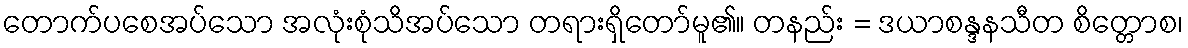
တောက်ပစေအပ်သော အလုံးစုံသိအပ်သော တရားရှိတော်မူ၏။ တနည်း = ဒယာစန္ဒနသီတ စိတ္တောစ၊